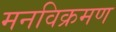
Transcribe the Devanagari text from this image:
मनविक्रमण